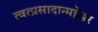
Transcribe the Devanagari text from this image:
त्वत्प्रसादान्महेश्वर